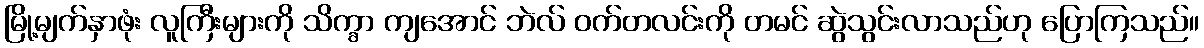
မြို့မျက်နှာဖုံး လူကြီးများကို သိက္ခာ ကျအောင် ဘဲလ် ဝက်တလင်းကို တမင် ဆွဲသွင်းလာသည်ဟု ပြောကြသည်။